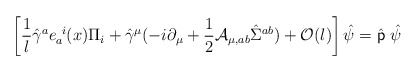
\begin{align*}\left[{1\over l}\hat\gamma^a e_a^{\ i}(x)\Pi_i+\hat\gamma^\mu(-i\partial_\mu+{1\over2}{\mathcal A}_{\mu,ab}\hat\Sigma^{ab})+{\mathcal O}(l)\right] \hat\psi=\hat{\sf p}\ \hat\psi\end{align*}